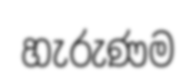
හැරුණම